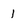
Character: 1